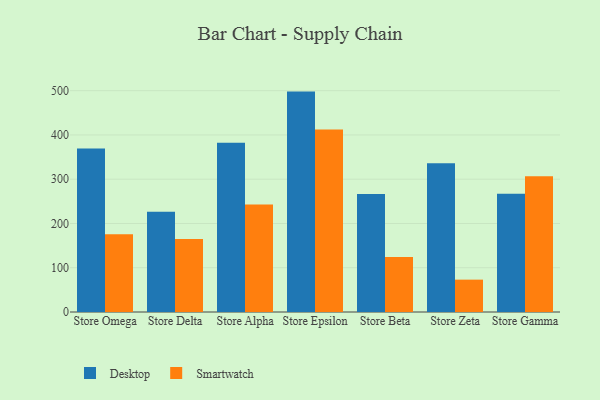
{"axis": {"x": "Store", "y": "Production Output"}, "legend": ["Desktop", "Smartwatch"], "data": [{"x": "Store Omega", "y": 369.4, "type": "Desktop"}, {"x": "Store Omega", "y": 175.8, "type": "Smartwatch"}, {"x": "Store Delta", "y": 226.3, "type": "Desktop"}, {"x": "Store Delta", "y": 165.1, "type": "Smartwatch"}, {"x": "Store Alpha", "y": 382.1, "type": "Desktop"}, {"x": "Store Alpha", "y": 242.8, "type": "Smartwatch"}, {"x": "Store Epsilon", "y": 497.9, "type": "Desktop"}, {"x": "Store Epsilon", "y": 412.1, "type": "Smartwatch"}, {"x": "Store Beta", "y": 266.6, "type": "Desktop"}, {"x": "Store Beta", "y": 124.3, "type": "Smartwatch"}, {"x": "Store Zeta", "y": 335.8, "type": "Desktop"}, {"x": "Store Zeta", "y": 73.1, "type": "Smartwatch"}, {"x": "Store Gamma", "y": 267.0, "type": "Desktop"}, {"x": "Store Gamma", "y": 306.5, "type": "Smartwatch"}]}